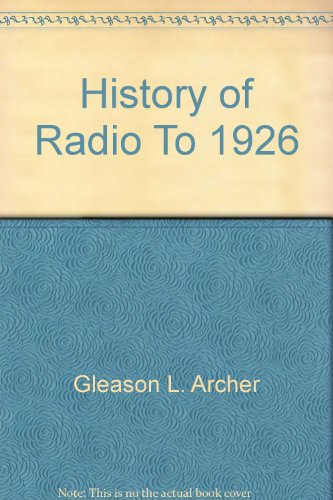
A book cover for History of radio to 1926,; Gleason Leonard Archer; Humor & Entertainment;